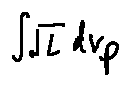
\int \sqrt { L } d v _ { p }